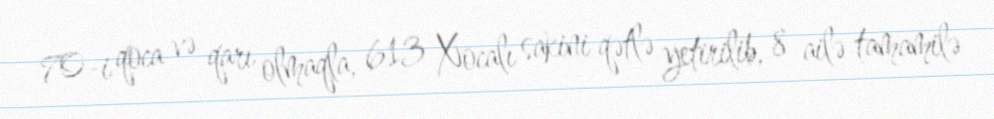
70-i qoca və qarı olmaqla, 613 Xocalı sakini qətlə yetirilib, 8 ailə tamamilə